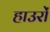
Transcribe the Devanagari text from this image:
हाउरों